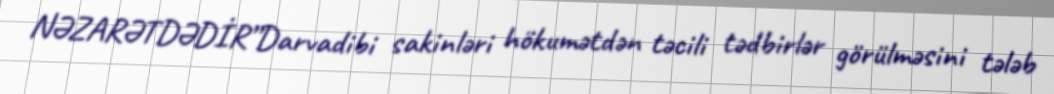
NƏZARƏTDƏDİR”Darvadibi sakinləri hökumətdən təcili tədbirlər görülməsini tələb